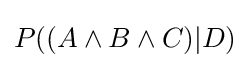
P((A\wedge B\wedge C)|D)